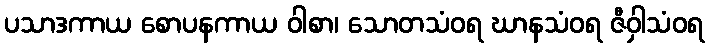
ပသာဒကာယ စောပနကာယ ဝါစာ၊ သောတသံဝရ ဃာနသံဝရ ဇီဝှါသံဝရ